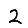
Digit: 2